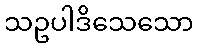
သဥပါဒိသေသော